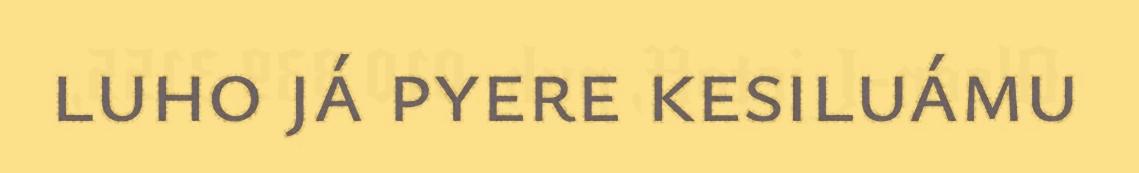
luho já pyere kesiluámu